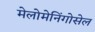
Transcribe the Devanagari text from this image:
मेलोमेनिंगोसेल